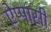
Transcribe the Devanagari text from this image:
ऐप्पासी